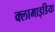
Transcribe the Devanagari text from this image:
क्लामाइडिया